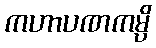
ကဟာပဏကမ္ပိ